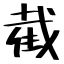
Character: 截